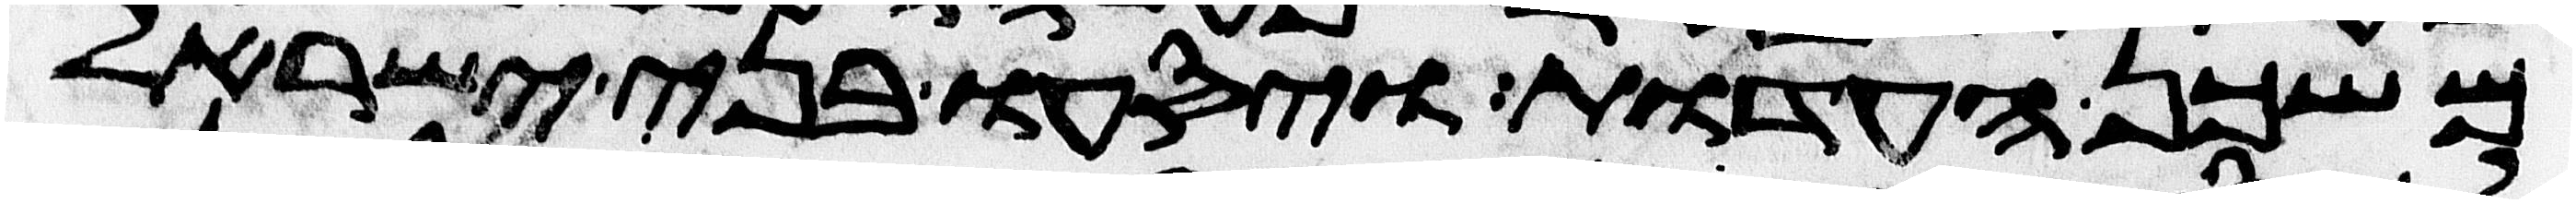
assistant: משכן העדות ויסעו בני ישראל